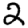
Digit: 2